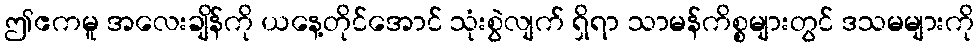
ဤဧကမူ အလေးချိန်ကို ယနေ့တိုင်အောင် သုံးစွဲလျက် ရှိရာ သာမန်ကိစ္စများတွင် ဒသမများကို